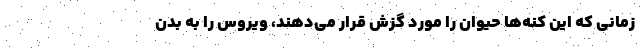
زمانی که این کنه‌ها حیوان را مورد گزش قرار می‌دهند، ویروس را به بدن